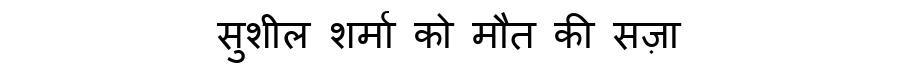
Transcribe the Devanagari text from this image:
सुशील शर्मा को मौत की सज़ा